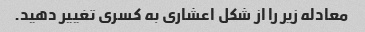
معادله زیر را از شکل اعشاری به کسری تغییر دهید.